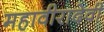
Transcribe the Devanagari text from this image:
महावीरादेवी